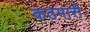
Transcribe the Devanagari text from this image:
कठमारी